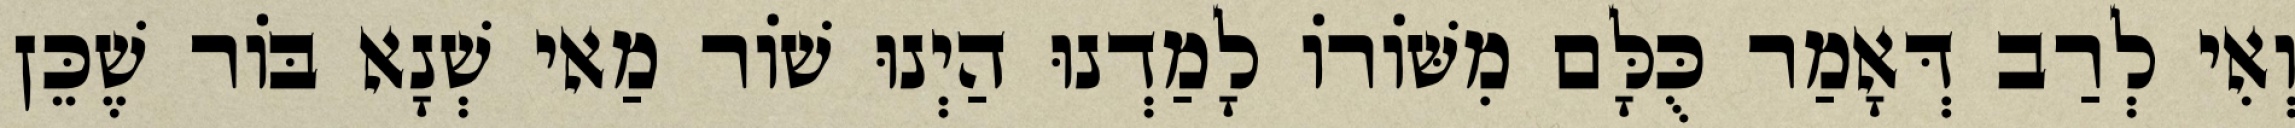
וְאִי לְרַב דְּאָמַר כֻּלָּם מִשּׁוֹרוֹ לָמַדְנוּ הַיְנוּ שׁוֹר מַאי שְׁנָא בּוֹר שֶׁכֵּן